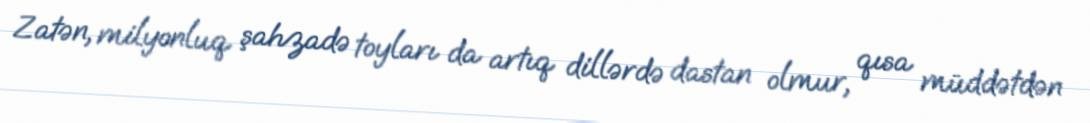
Zatən, milyonluq şahzadə toyları da artıq dillərdə dastan olmur, qısa müddətdən